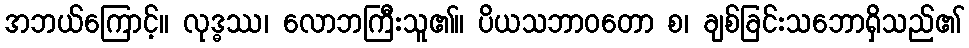
အဘယ်ကြောင့်။ လုဒ္ဓဿ၊ လောဘကြီးသူ၏။ ပိယသဘာဝတော စ၊ ချစ်ခြင်းသဘောရှိသည်၏